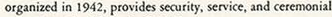
organized in 1942, provides security, service, and ceremonial